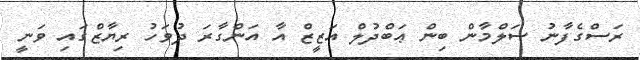
ރަސްގެފާނު ސަލްމާން ބިން ޢަބްދުލް އަޒީޒް އާ އަންގާރަ ދުވަހު ރިޔާޒްގައި ވަނީ